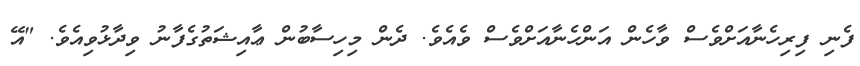
ފެނި ފިރިހެނާއަށްވެސް ވާހެން އަންހެނާއަށްވެސް ވެއެވެ. ދެން މިހިސާބުން ޢާއިޝަތުގެފާނު ވިދާޅުވިއެވެ. "އޭ